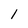
Character: 1